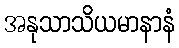
အနုသာသိယမာနာနံ